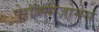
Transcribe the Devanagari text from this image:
पेरॉक्सीज़ोमेस